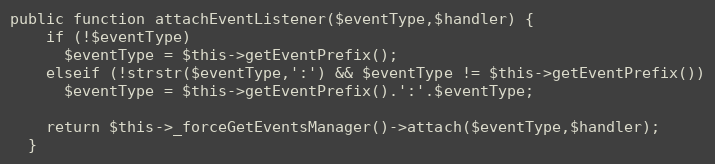
Language: PHP
public function attachEventListener($eventType,$handler) {
    if (!$eventType)
      $eventType = $this->getEventPrefix();
    elseif (!strstr($eventType,':') && $eventType != $this->getEventPrefix())
      $eventType = $this->getEventPrefix().':'.$eventType;

    return $this->_forceGetEventsManager()->attach($eventType,$handler);
  }